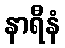
နာရီနံ